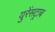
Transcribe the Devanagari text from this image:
युरेंसट्राब